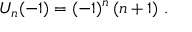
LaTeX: U _ { n } ( - 1 ) = ( - 1 ) ^ { n } \, ( n + 1 ) ~ .